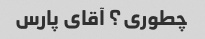
چطوری؟ آقای پارس